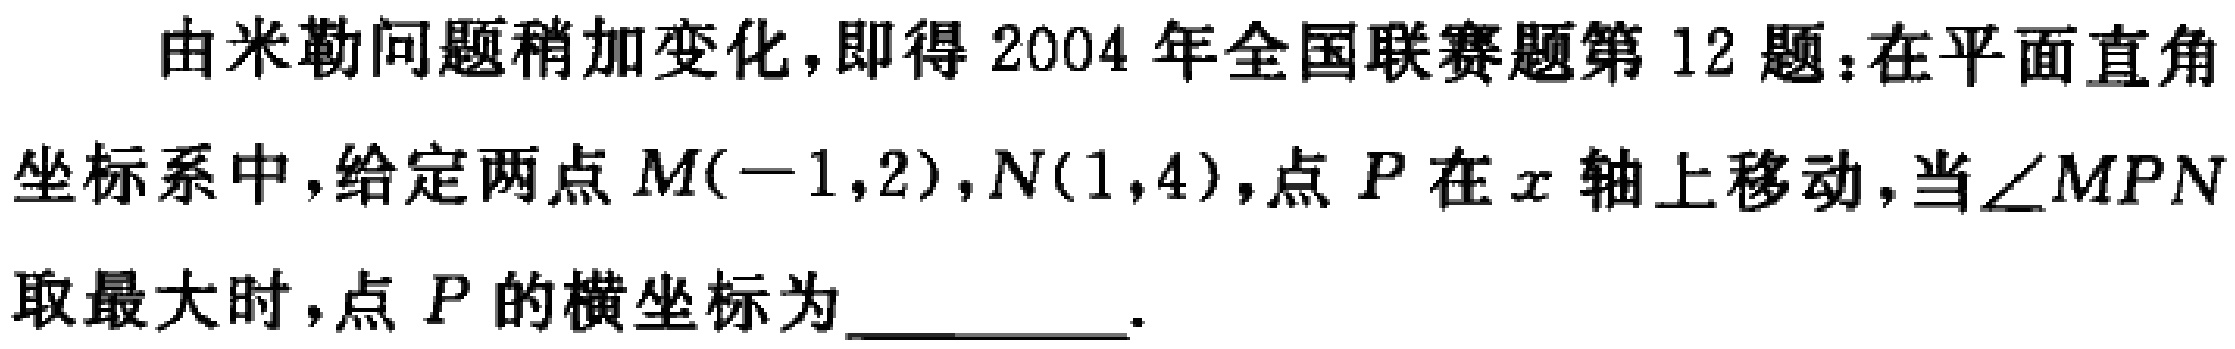
由米勒问题稍加变化，即得 2004 年全国联赛题第 12 题：在平面直角坐标系中，给定两点\(M(-1,2)\)，\(N(1,4)\)，点\(P\)在\(x\)轴上移动，当\(\angle MPN\)取最大时，点\(P\)的横坐标为__________.